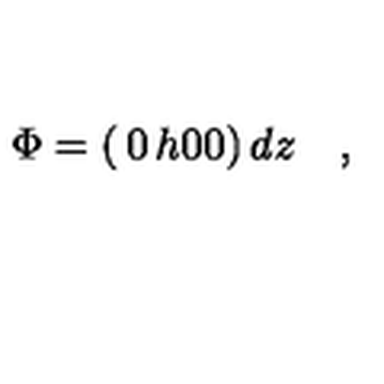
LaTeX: \Phi = \left( \begin{matrix} { 0 } & { h } \\ { 0 } & { 0 } \\ \end{matrix} \right) d z \quad ,